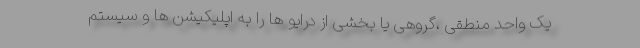
یک واحد منطقی ،گروهی یا بخشی از درایو ها را به اپلیکیشن ها و سیستم